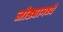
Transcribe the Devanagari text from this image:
जोड्यामध्ये